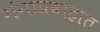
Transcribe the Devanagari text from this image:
गंगाप्रवाहात